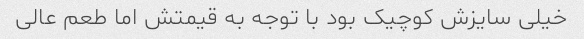
خیلی سایزش کوچیک بود با توجه به قیمتش اما طعم عالی